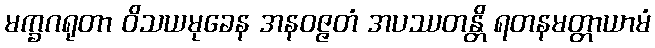
မက္ခဂရုတာ ဝိသယမုခေန အနဝဇ္ဇတံ အပဿတန္တိ ရတနမတ္တာယာမံ